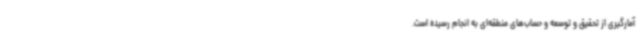
آمارگیری از تحقیق و توسعه و حساب‌های منطقه‌ای به انجام رسیده است.